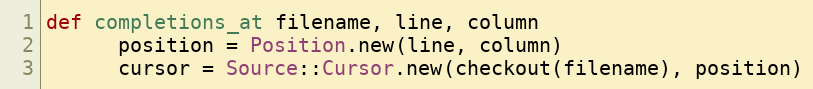
Language: Ruby
def completions_at filename, line, column
      position = Position.new(line, column)
      cursor = Source::Cursor.new(checkout(filename), position)